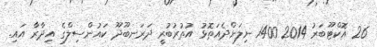
26 އޮކްޓޫބަރު 2014 1400 ނިލަންދެއަތޮޅު އުތުރުބުރީ ދަރަނބޫދޫ ކައުންސިލްގެ އިދާރާ އައި.